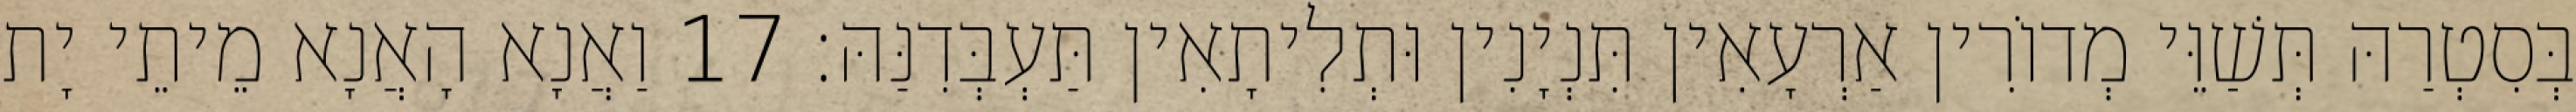
בְּסִטְרַהּ תְּשַׁוֵּי מְדוֹרִין אַרְעָאִין תִּנְיָנִין וּתְלִיתָאִין תַּעְבְּדִנַּהּ׃ 17 וַאֲנָא הָאֲנָא מֵיתֵי יָת